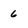
Character: 6